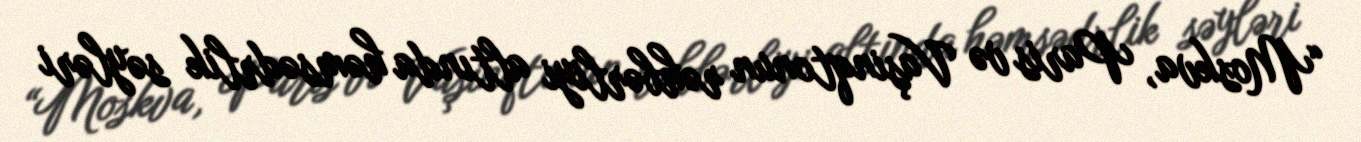
“Moskva, Paris və Vaşinqtonun rəhbərliyi altında həmsədrlik səyləri